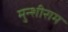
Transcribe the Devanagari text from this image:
मुन्शीराम